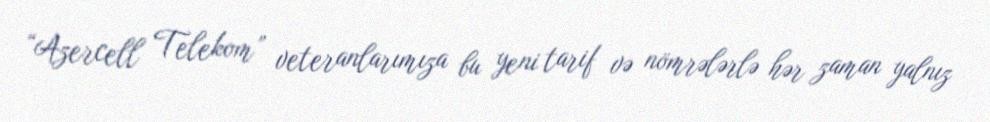
“Azercell Telekom” veteranlarımıza bu yeni tarif və nömrələrlə hər zaman yalnız